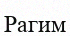
Рагим